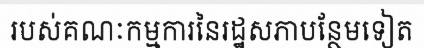
របស់គណៈកម្មការនៃរដ្ឋសភាបន្ថែមទៀត